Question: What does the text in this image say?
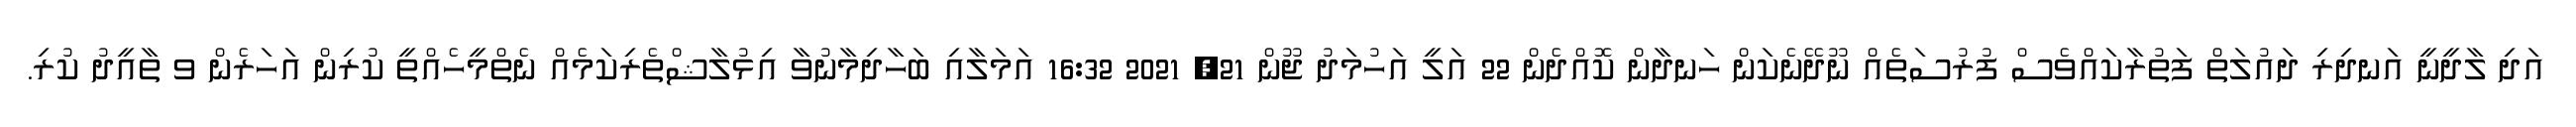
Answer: އަދި ލާދީނީ އަނދިރި ދައުލަތް ފަތުރާކައްވެސް ފުރުސަތެއް ނޫދޭނެކަން ހަނދާން ކޮއްދެން 22 އަލީ އަހުމަދު ޖޫން 21, 2021 16:32 އަމަލާއި ބަހާދިމާނުވާ އިޅުލާޝްތެރިކަމެއް ނެތްމީހެއްތީ ކުރިން އަހަރެން ވ ތާއީދު ކުރި.